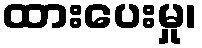
ထားပေးမှု၊